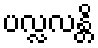
ပလ္လလန္တိ